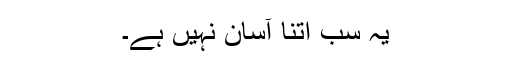
یہ سب اتنا آسان نہیں ہے۔